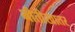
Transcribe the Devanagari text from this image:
भीतीखातर